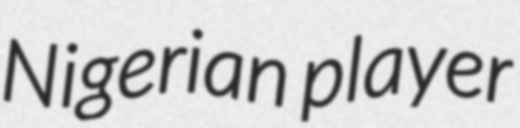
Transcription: Nigerian player